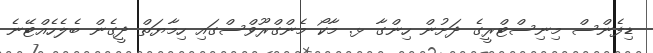
ޑިފެންސް މިނިސްޓްރީގެ ދަށުން ހިންގާ ޅ. މާކޯ މެންގްރޫވްސްގައި ހިމާޔަތް ދީގެން ބެލެހެއްޓޭނެ